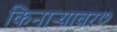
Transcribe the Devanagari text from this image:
किनाऱ्यावर७